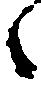
々